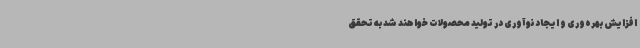
افزایش بهره‌وری و ایجاد نوآوری در تولید محصولات خواهند شد به تحقق